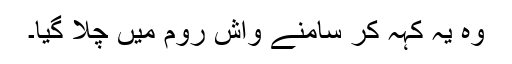
وہ یہ کہہ کر سامنے واش روم میں چلا گیا۔